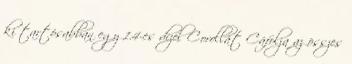
ki tartósabban egy 1.4-es dízel Corollát Cáfolja az összes